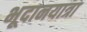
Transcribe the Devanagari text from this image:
भूदानयात्रा